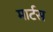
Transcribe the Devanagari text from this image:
मार्टस